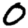
Digit: 0